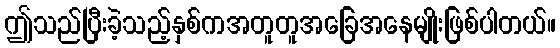
ဤသည်ပြီးခဲ့သည့်နှစ်ကအတူတူအခြေအနေမျိုးဖြစ်ပါတယ်။